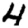
Digit: 4